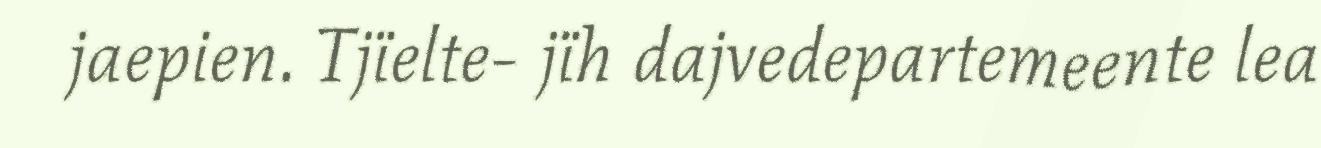
jaepien. Tjïelte- jïh dajvedepartemeente lea